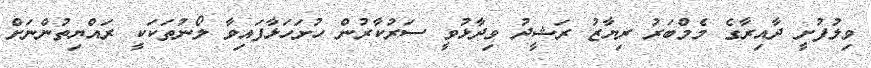
ވިލުފުށީ ދާއިރާގެ މެމްބަރު ރިޔާޒު ރަޝީދު ވިދާޅުވީ ސަރުކާރުން ހުށަހަޅާފައިވާ ލޯނުތަކަކީ ރައްޔިތުންނަށް